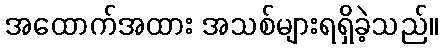
အထောက်အထား အသစ်များရရှိခဲ့သည်။